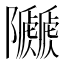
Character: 𨽯